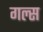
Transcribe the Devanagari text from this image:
गल्स